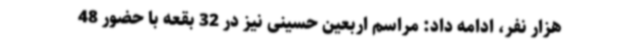
هزار نفر، ادامه داد: مراسم اربعین حسینی نیز در 32 بقعه با حضور 48